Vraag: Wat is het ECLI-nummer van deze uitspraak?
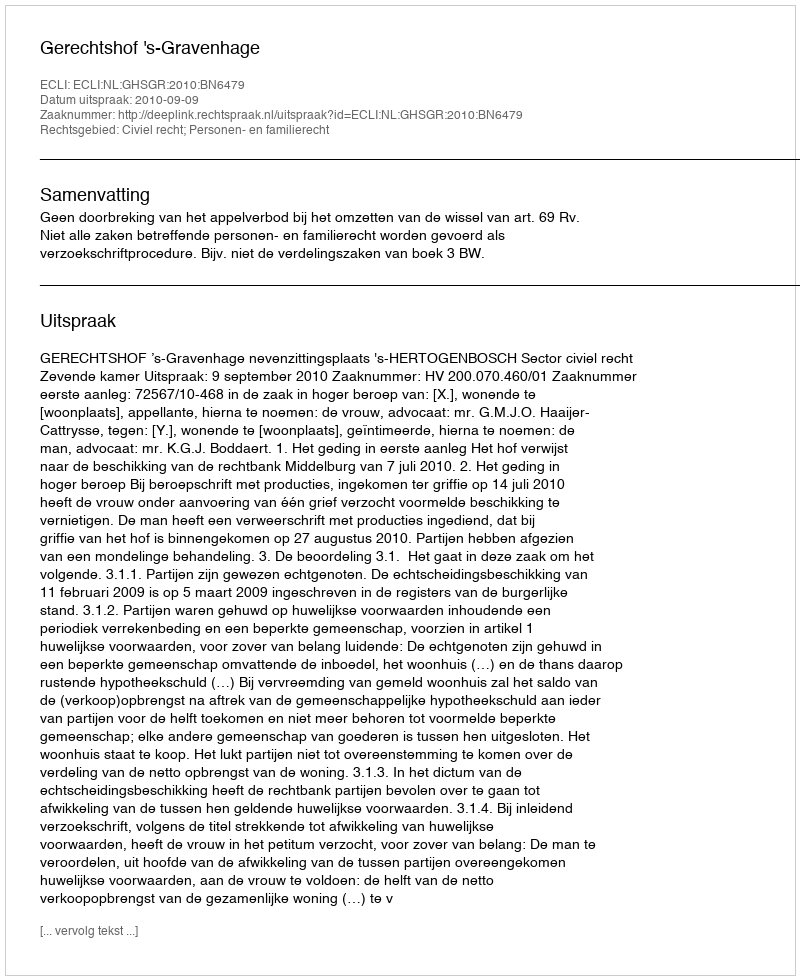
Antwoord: ECLI:NL:GHSGR:2010:BN6479